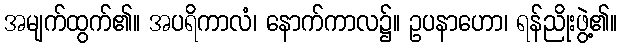
အမျက်ထွက်၏။ အပရိကာလံ၊ နောက်ကာလ၌။ ဥပနာဟော၊ ရန်ညိုးဖွဲ့၏။